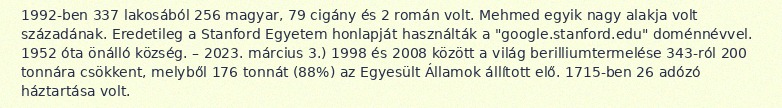
1992-ben 337 lakosából 256 magyar, 79 cigány és 2 román volt. Mehmed egyik nagy alakja volt századának. Eredetileg a Stanford Egyetem honlapját használták a "google.stanford.edu" doménnévvel. 1952 óta önálló község. – 2023. március 3.) 1998 és 2008 között a világ berilliumtermelése 343-ról 200 tonnára csökkent, melyből 176 tonnát (88%) az Egyesült Államok állított elő. 1715-ben 26 adózó háztartása volt.